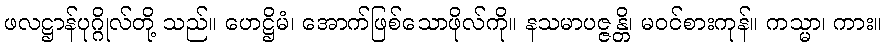
ဖလဋ္ဌာန်ပုဂ္ဂိုလ်တို့ သည်။ ဟေဋ္ဌိမံ၊ အောက်ဖြစ်သောဖိုလ်ကို။ နသမာပဇ္ဇန္တိ၊ မဝင်စားကုန်။ ကသ္မာ၊ ကား။